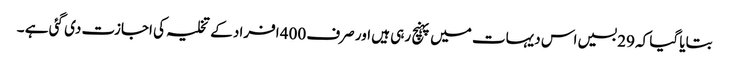
بتایا گیا کہ 29 بسیں اس دیہات میں پہنچ رہی ہیں اور صرف 400 افراد کے تخلیہ کی اجازت دی گئی ہے ۔